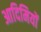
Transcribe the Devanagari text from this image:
आदिमियों